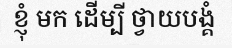
ខ្ញុំ មក ដើម្បី ថ្វាយបង្គំ